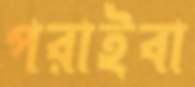
পরাইবা